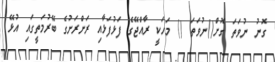
ގޮނު ނުވަތަ ގޮށް()ނުވަތަ () މަހަކީ ރާއްޖޭގެ ފަޅުފަޅާއި ރަށްރަށުގެ ބޭރުމަތީގައި އުޅޭ